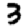
Digit: 3